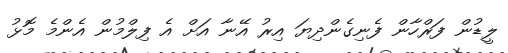
ލީޑުން ފަރްހާން ފެނިގެންދިޔަ އިރު އޭނާ އަށް އެ ފިލްމުން އެންމެ މޮޅު